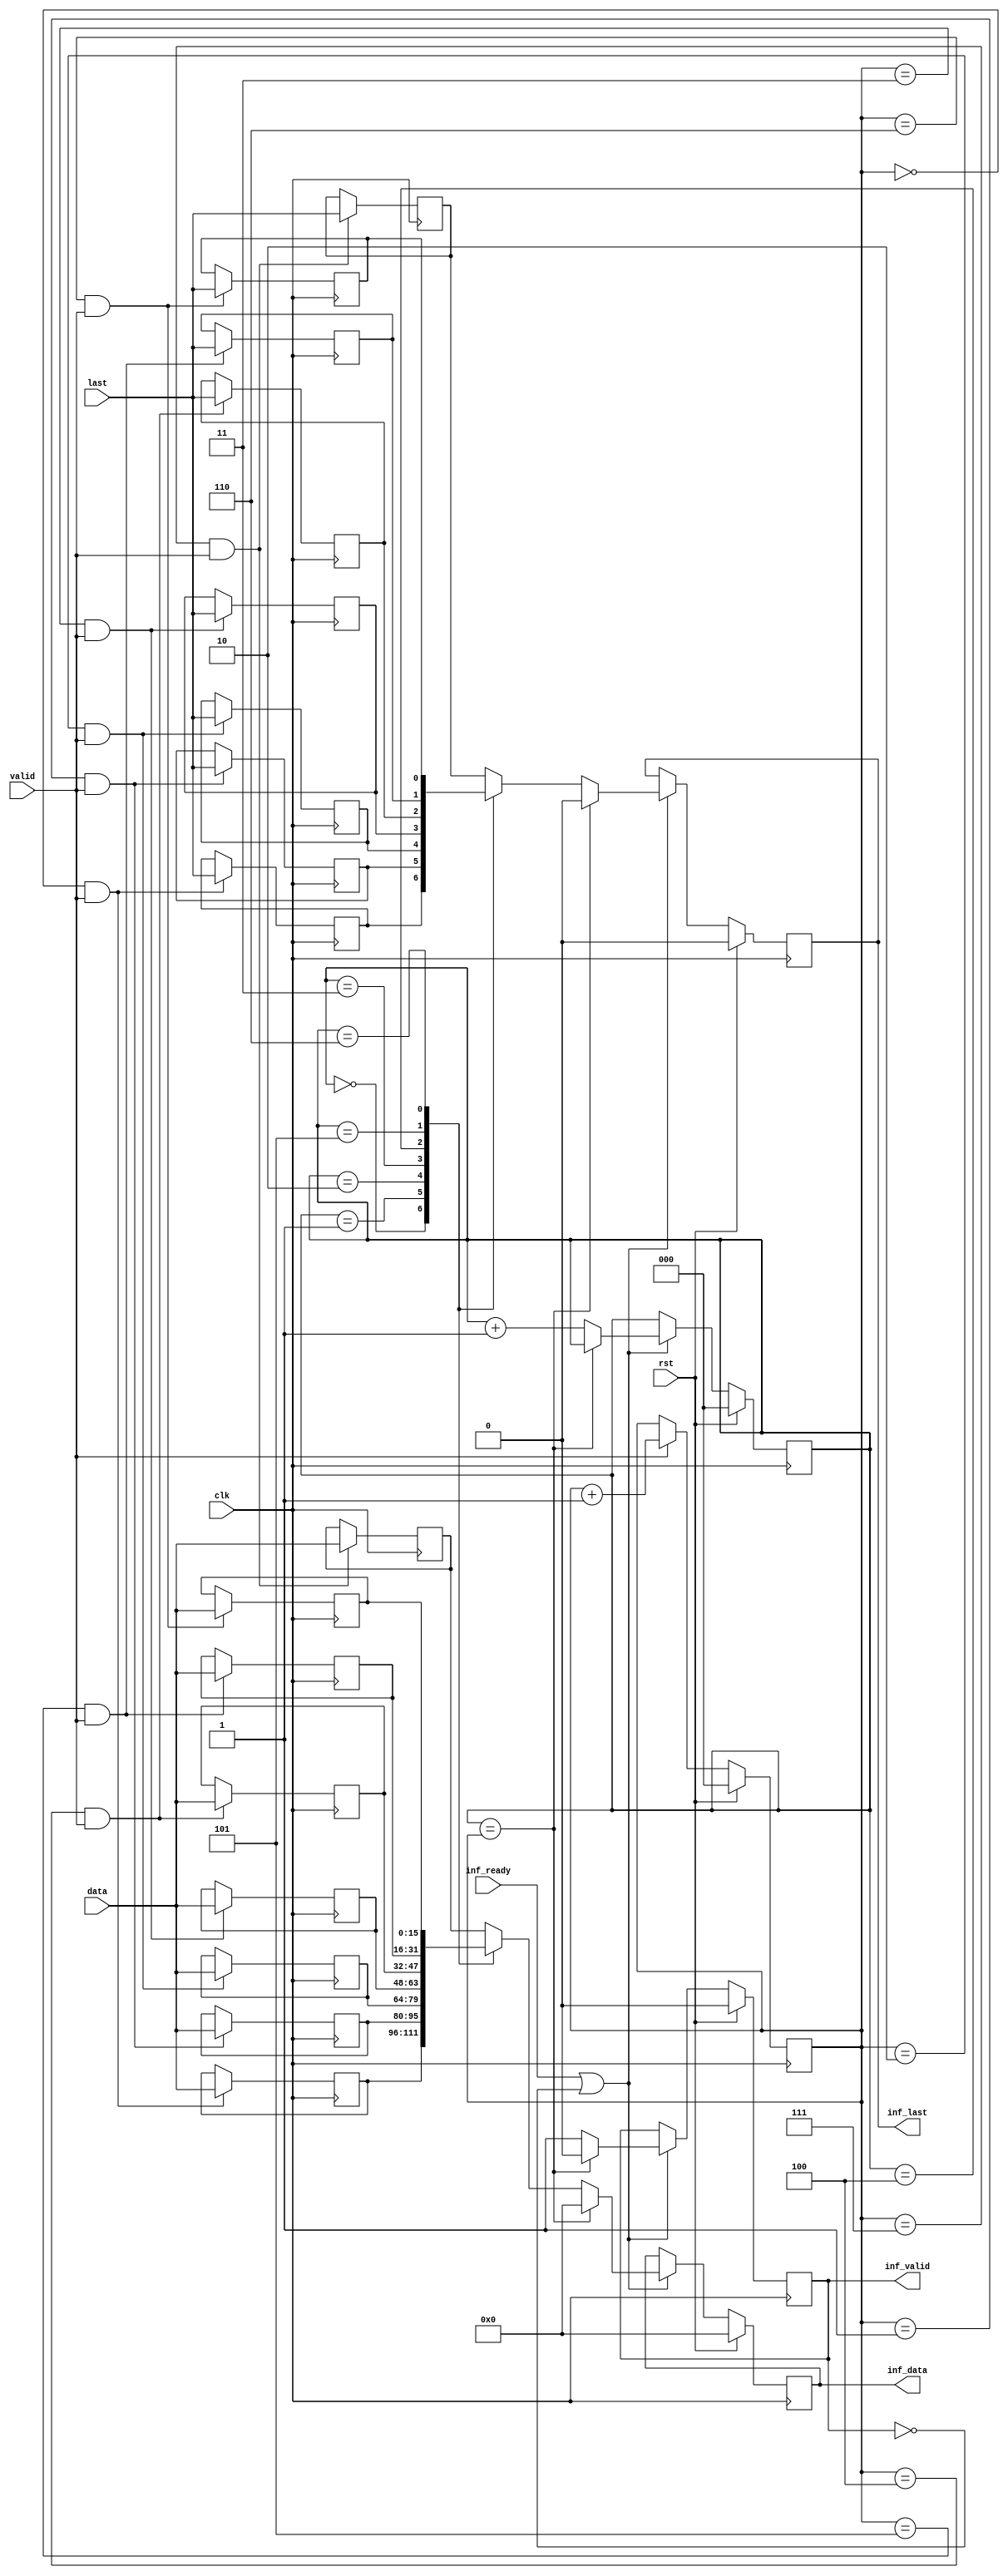
// ***************************************************************************
// ***************************************************************************
// Copyright 2011(c) Analog Devices, Inc.
//
// All rights reserved.
//
// Redistribution and use in source and binary forms, with or without modification,
// are permitted provided that the following conditions are met:
//     - Redistributions of source code must retain the above copyright
//       notice, this list of conditions and the following disclaimer.
//     - Redistributions in binary form must reproduce the above copyright
//       notice, this list of conditions and the following disclaimer in
//       the documentation and/or other materials provided with the
//       distribution.
//     - Neither the name of Analog Devices, Inc. nor the names of its
//       contributors may be used to endorse or promote products derived
//       from this software without specific prior written permission.
//     - The use of this software may or may not infringe the patent rights
//       of one or more patent holders.  This license does not release you
//       from the requirement that you obtain separate licenses from these
//       patent holders to use this software.
//     - Use of the software either in source or binary form, must be run
//       on or directly connected to an Analog Devices Inc. component.
//
// THIS SOFTWARE IS PROVIDED BY ANALOG DEVICES "AS IS" AND ANY EXPRESS OR IMPLIED WARRANTIES,
// INCLUDING, BUT NOT LIMITED TO, NON-INFRINGEMENT, MERCHANTABILITY AND FITNESS FOR A
// PARTICULAR PURPOSE ARE DISCLAIMED.
//
// IN NO EVENT SHALL ANALOG DEVICES BE LIABLE FOR ANY DIRECT, INDIRECT, INCIDENTAL, SPECIAL,
// EXEMPLARY, OR CONSEQUENTIAL DAMAGES (INCLUDING, BUT NOT LIMITED TO, INTELLECTUAL PROPERTY
// RIGHTS, PROCUREMENT OF SUBSTITUTE GOODS OR SERVICES; LOSS OF USE, DATA, OR PROFITS; OR
// BUSINESS INTERRUPTION) HOWEVER CAUSED AND ON ANY THEORY OF LIABILITY, WHETHER IN CONTRACT,
// STRICT LIABILITY, OR TORT (INCLUDING NEGLIGENCE OR OTHERWISE) ARISING IN ANY WAY OUT OF
// THE USE OF THIS SOFTWARE, EVEN IF ADVISED OF THE POSSIBILITY OF SUCH DAMAGE.
// ***************************************************************************
// ***************************************************************************
// Xilinx ip cores are not fifo friendly and require a hard stop on the interface
// valid & data can not change, if ready is deasserted (if they do you will have to
// roll it back).
// ***************************************************************************
// ***************************************************************************

`timescale 1ns/100ps

module ad_axis_inf_rx (

  // adi interface

  clk,
  rst,
  valid,
  last,
  data,

  // xilinx interface

  inf_valid,
  inf_last,
  inf_data,
  inf_ready);

  // parameter for data width

  parameter   DATA_WIDTH = 16;
  localparam  DW = DATA_WIDTH - 1;

  // adi interface

  input           clk;
  input           rst;
  input           valid;
  input           last;
  input   [DW:0]  data;

  // xil interface

  output          inf_valid;
  output          inf_last;
  output  [DW:0]  inf_data;
  input           inf_ready;

  // internal registers

  reg     [ 2:0]  wcnt = 'd0;
  reg             wlast_0 = 'd0;
  reg     [DW:0]  wdata_0 = 'd0;
  reg             wlast_1 = 'd0;
  reg     [DW:0]  wdata_1 = 'd0;
  reg             wlast_2 = 'd0;
  reg     [DW:0]  wdata_2 = 'd0;
  reg             wlast_3 = 'd0;
  reg     [DW:0]  wdata_3 = 'd0;
  reg             wlast_4 = 'd0;
  reg     [DW:0]  wdata_4 = 'd0;
  reg             wlast_5 = 'd0;
  reg     [DW:0]  wdata_5 = 'd0;
  reg             wlast_6 = 'd0;
  reg     [DW:0]  wdata_6 = 'd0;
  reg             wlast_7 = 'd0;
  reg     [DW:0]  wdata_7 = 'd0;
  reg     [ 2:0]  rcnt    = 'd0;
  reg             inf_valid = 'd0;
  reg             inf_last = 'd0;
  reg     [DW:0]  inf_data = 'd0;

  // internal signals

  wire            inf_ready_s;
  reg             inf_last_s;
  reg     [DW:0]  inf_data_s;

  // write interface

  always @(posedge clk) begin
    if (rst == 1'b1) begin
      wcnt <= 'd0;
    end else if (valid == 1'b1) begin
      wcnt <= wcnt + 1'b1;
    end
    if ((wcnt == 3'd0) && (valid == 1'b1)) begin
      wlast_0 <= last;
      wdata_0 <= data;
    end
    if ((wcnt == 3'd1) && (valid == 1'b1)) begin
      wlast_1 <= last;
      wdata_1 <= data;
    end
    if ((wcnt == 3'd2) && (valid == 1'b1)) begin
      wlast_2 <= last;
      wdata_2 <= data;
    end
    if ((wcnt == 3'd3) && (valid == 1'b1)) begin
      wlast_3 <= last;
      wdata_3 <= data;
    end
    if ((wcnt == 3'd4) && (valid == 1'b1)) begin
      wlast_4 <= last;
      wdata_4 <= data;
    end
    if ((wcnt == 3'd5) && (valid == 1'b1)) begin
      wlast_5 <= last;
      wdata_5 <= data;
    end
    if ((wcnt == 3'd6) && (valid == 1'b1)) begin
      wlast_6 <= last;
      wdata_6 <= data;
    end
    if ((wcnt == 3'd7) && (valid == 1'b1)) begin
      wlast_7 <= last;
      wdata_7 <= data;
    end
  end

  // read interface

  assign inf_ready_s = inf_ready | ~inf_valid;

  always @(rcnt or wlast_0 or wdata_0 or wlast_1 or wdata_1 or
    wlast_2 or wdata_2 or wlast_3 or wdata_3 or wlast_4 or wdata_4 or
    wlast_5 or wdata_5 or wlast_6 or wdata_6 or wlast_7 or wdata_7) begin
    case (rcnt)
      3'd0: begin
        inf_last_s = wlast_0;
        inf_data_s = wdata_0;
      end
      3'd1: begin
        inf_last_s = wlast_1;
        inf_data_s = wdata_1;
      end
      3'd2: begin
        inf_last_s = wlast_2;
        inf_data_s = wdata_2;
      end
      3'd3: begin
        inf_last_s = wlast_3;
        inf_data_s = wdata_3;
      end
      3'd4: begin
        inf_last_s = wlast_4;
        inf_data_s = wdata_4;
      end
      3'd5: begin
        inf_last_s = wlast_5;
        inf_data_s = wdata_5;
      end
      3'd6: begin
        inf_last_s = wlast_6;
        inf_data_s = wdata_6;
      end
      default: begin
        inf_last_s = wlast_7;
        inf_data_s = wdata_7;
      end
    endcase
  end

  always @(posedge clk) begin
    if (rst == 1'b1) begin
      rcnt <= 'd0;
      inf_valid <= 'd0;
      inf_last <= 'b0;
      inf_data <= 'd0;
    end else if (inf_ready_s == 1'b1) begin
      if (rcnt == wcnt) begin
        rcnt <= rcnt;
        inf_valid <= 1'd0;
        inf_last <= 1'b0;
        inf_data <= 'd0;
      end else begin
        rcnt <= rcnt + 1'b1;
        inf_valid <= 1'b1;
        inf_last <= inf_last_s;
        inf_data <= inf_data_s;
      end
    end
  end

endmodule

// ***************************************************************************
// ***************************************************************************